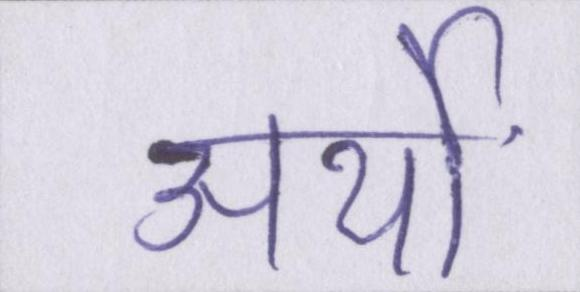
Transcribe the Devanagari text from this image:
अर्थों